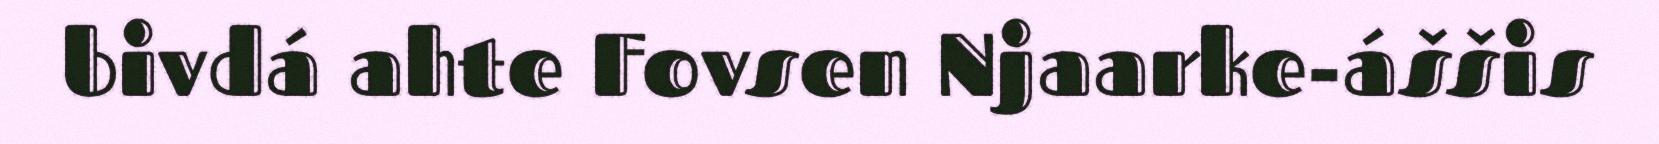
bivdá ahte Fovsen Njaarke-áššis